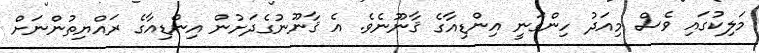
މަލިކުގައި ވެސް މިއަދު ހިންގަނީ އިންޑިއާގެ ޤާނޫނެވެ. އެ ޤާނޫނުގެދަށުން އިންޑިއާގެ ރައްޔިތުންނަށް